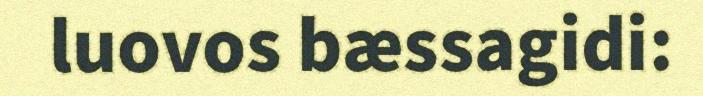
luovos bæssagidi: